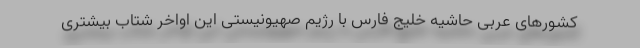
کشورهای عربی حاشیه خلیج فارس با رژیم صهیونیستی این اواخر شتاب بیشتری